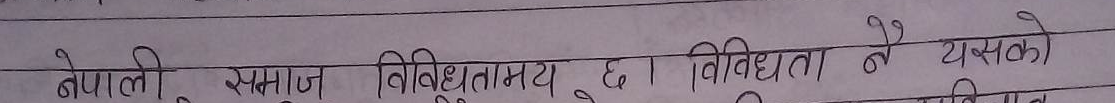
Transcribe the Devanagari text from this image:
नेपाली समाज विविधतामय छ । विविधता नै यसको